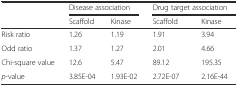
<table><thead><tr><td></td><td colspan="2"><b>Disease association</b></td><td colspan="2"><b>Drug target association</b></td></tr><tr><td></td><td><b>Scaffold</b></td><td><b>Kinase</b></td><td><b>Scaffold</b></td><td><b>Kinase</b></td></tr></thead><tbody><tr><td>Risk ratio</td><td>1.26</td><td>1.19</td><td>1.91</td><td>3.94</td></tr><tr><td>Odd ratio</td><td>1.37</td><td>1.27</td><td>2.01</td><td>4.66</td></tr><tr><td>Chi-square value</td><td>12.6</td><td>5.47</td><td>89.12</td><td>195.35</td></tr><tr><td><i>p</i>-value</td><td>3.85E-04</td><td>1.93E-02</td><td>2.72E-07</td><td>2.16E-44</td></tr></tbody></table>